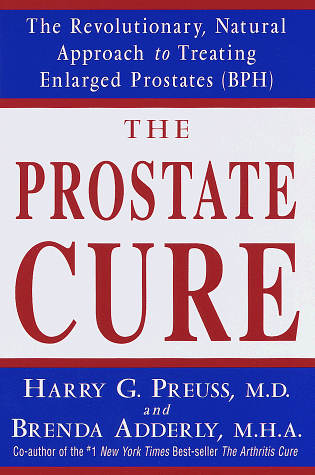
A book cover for The Prostate Cure: The Revolutionary, Natural Approach to Treating Enlarged Prostates (BPH); Harry G. Preuss; Health, Fitness & Dieting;